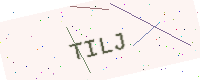
Text: TILJ